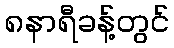
၈နာရီခန့်တွင်